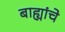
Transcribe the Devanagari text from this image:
बाह्यांचे